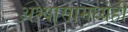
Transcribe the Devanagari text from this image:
अभ्यासामध्येही